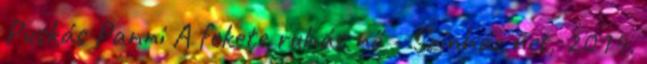
Puskás Panni A fekete ruhás nő - Színház.net, 2014.